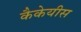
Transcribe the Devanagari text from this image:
कैकेयीस